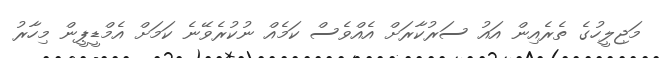
މަޖިލީހުގެ ތެރެއިން އައު ސަރުކާރަށް އެއްވެސް ކަމެއް ނުކުރެވޭނެ ކަމަށް އެމްޑީޕީން މިހާރު